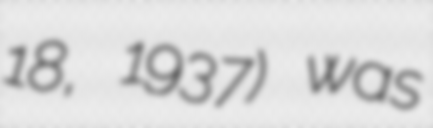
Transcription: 18, 1937) was